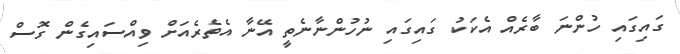
ގައިގައި ހުންނަ ބާރެއް އެކަކު ގައިގައި ނުހުންނާނެތީ އޭނާ އެތެރެއަށް ވިއްސައިގެން ގޮސް